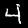
Digit: 4